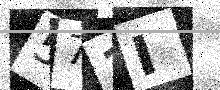
Text: 573I